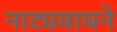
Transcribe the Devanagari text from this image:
नाट्यवाचने